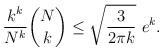
LaTeX: \begin{align*}\frac{k^k}{N^k} \binom{N}{k} \leq \sqrt{\frac{3}{2\pi k}} \ e^k.\end{align*}